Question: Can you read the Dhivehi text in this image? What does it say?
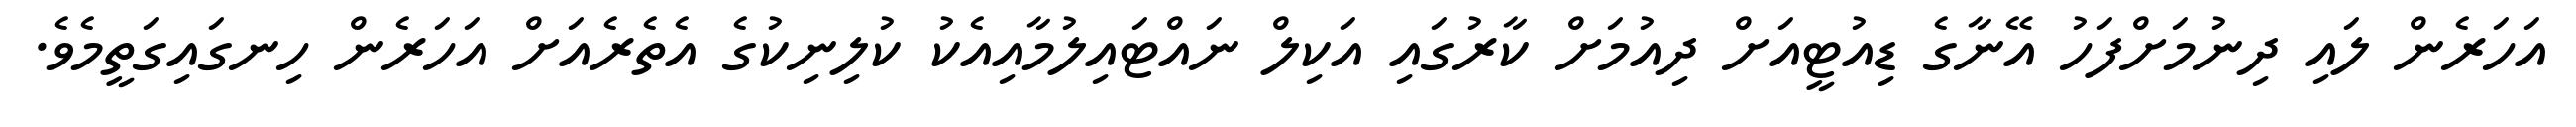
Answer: އަހަރެން ލައި ދިނުމަށްފަހު އޭނާގެ ޑިއުޓީއަށް ދިއުމަށް ކާރުގައި އަކިލް ނައްޓައިލުމާއިއެކު ކުލިނިކުގެ އެތެރެއަށް އަހަރެން ހިނގައިގަތީމެވެ.